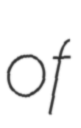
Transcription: of